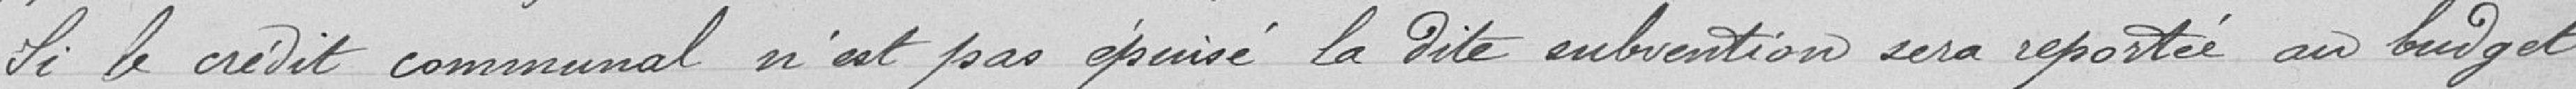
Si le crédit communal n'est pas épuisé, la dite subvention sera reportée au budget